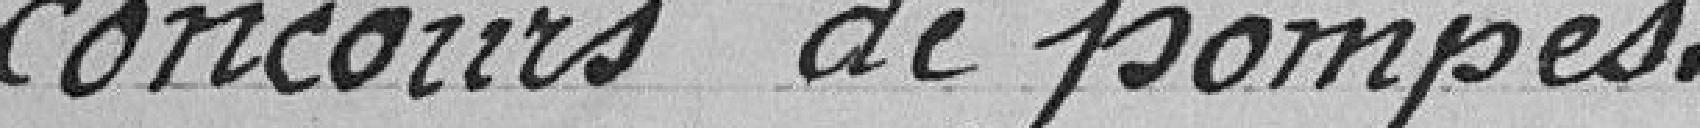
concours de pompes